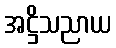
အဋ္ဌိသညာယ